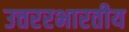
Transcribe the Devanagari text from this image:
उत्तररभारतीय